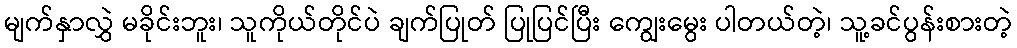
မျက်နှာလွှဲ မခိုင်းဘူး၊ သူကိုယ်တိုင်ပဲ ချက်ပြုတ် ပြုပြင်ပြီး ကျွေးမွေး ပါတယ်တဲ့၊ သူ့ခင်ပွန်းစားတဲ့